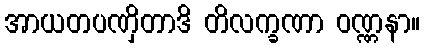
အာယတပဏှိတာဒိ တိလက္ခဏာ ဝဏ္ဏနာ။